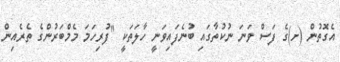
އެގޮތުން (ށ)ގެ ފަސް ވަނަ ނުކުތާގައި ބުނެފައިވަނީ ހާލަތަކީ "ފުރިހަމަ މެމްބަރުންގެ ތެރެއިން